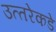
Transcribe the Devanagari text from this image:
उत्‍तरेकडे